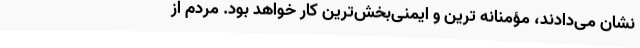
نشان می‌دادند، مؤمنانه ترین و ایمنی‌بخش‌ترین کار خواهد بود. مردم از